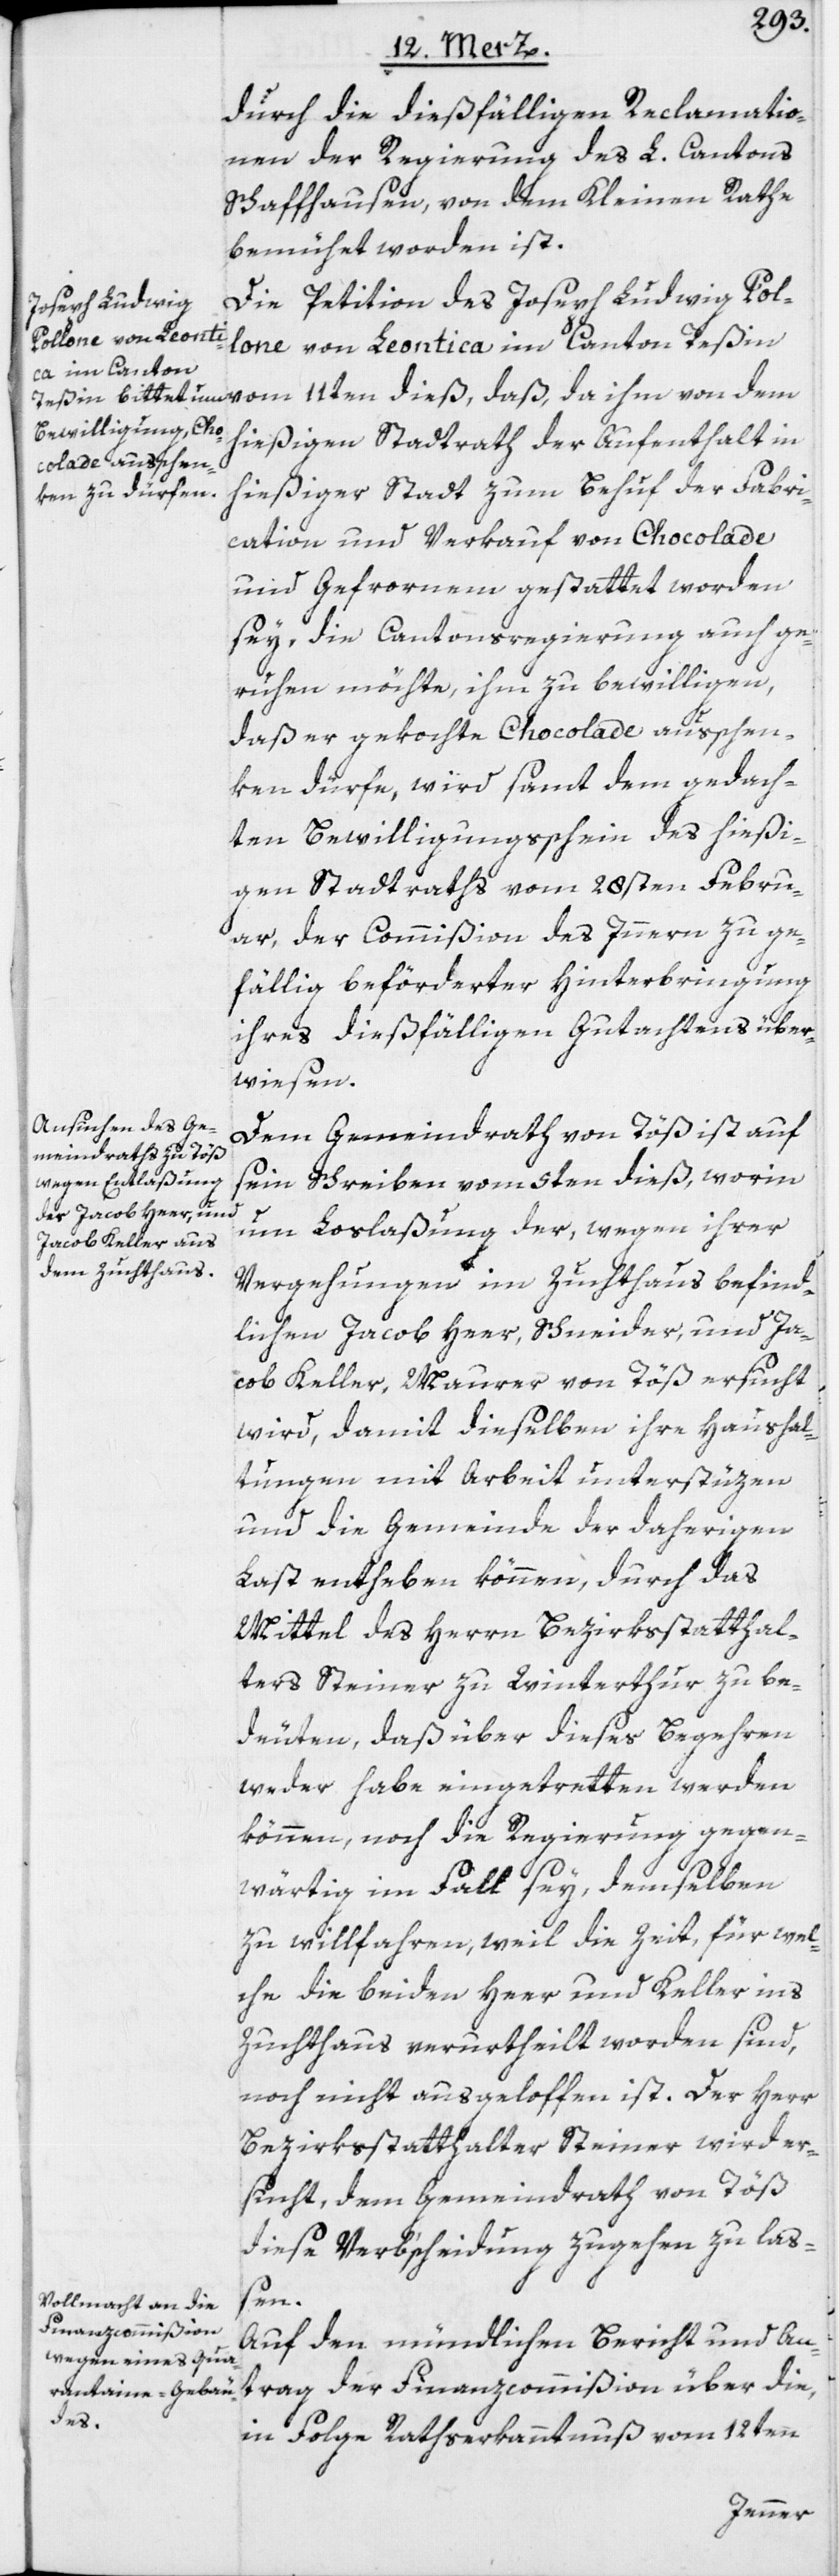
durch die dießfälligen Reclamatio¬
nen der Regierung des L. Cantons
Schaffhausen, von dem Kleinen Rathe
bemühet worden ist.
Die Petition des Joseph Ludwig Pol¬
lone von Leontica im Canton Teßin
hießigen Stadtrath der Aufenthalt in
hießiger Stadt zum Behuf der Fabri¬
cation und Verkauf von Chocolade
und Gefrornem gestattet worden
sey, die Cantonsregierung auch ge¬
ruhen möchte, ihm zu bewilligen,
daß er gekochte Chocolade ausschen¬
ken dürfe, wird samt dem gedach¬
ten Bewilligungsschein des hießi¬
gen Stadtraths vom 28sten Febru¬
ar, der Commißion des Innern zu ge¬
fällig beförderter Hinterbringung
ihres dießfälligen Gutachtens über¬
wiesen.
Dem Gemeindrath von Töß ist auf
sein Schreiben vom 5ten dieß, worin
um Loslaßung der, wegen ihrer
Vergehungen im Zuchthaus befind¬
lichen Jacob Heer, Schneider, und Ja¬
cob Keller, Maurer von Töß ersucht
wird, damit dieselben ihre Haushal¬
tungen mit Arbeit unterstüzen
und die Gemeinde der daherigen
Last entheben können, durch das
Mittel des Herrn Bezirksstatthal¬
ters Steiner zu Winterthur zu be¬
deuten, daß über dieses Begehren
weder habe eingetretten werden
können, noch die Regierung gegen¬
wärtig im Fall sey, demselben
zu willfahren, weil die Zeit, für wel¬
che die beiden Heer und Keller ins
Zuchthaus verurtheilt worden sind,
noch nicht ausgeloffen ist. Der Herr
Bezirksstatthalter Steiner wird er¬
sucht, dem Gemeindrath von Töß
diese Verb‘scheidung zugehen zu laß¬
en.
Auf den mündlichen Bericht und An¬
trag der Finanzcommißion über die,
in Folge Rathserkanntnuß vom 12ten